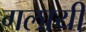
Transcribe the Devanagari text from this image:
गलायी